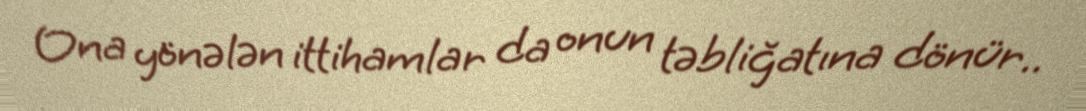
Ona yönələn ittihamlar da onun təbliğatına dönür..